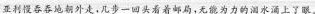
亚利慢吞吞地朝外走，几步一回头看着邮局，无能为力的泪水涌上了眼。